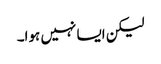
لیکن ایسا نہیں ہوا۔